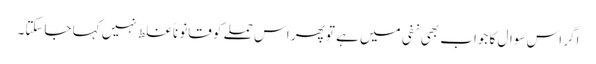
اگر اس سوال کا جواب بھی نفی میں ہے تو پھر اس حملے کو قانوناً غلط نہیں کہا جاسکتا۔